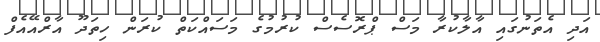
އަދި އެތަނުގައި އާލާކުރާ މަސް ޕްރޮސެސް ކުރުމުގެ މަސައްކަތް ކުރަން ހިތަދޫ އާރްއޭއެފް